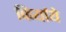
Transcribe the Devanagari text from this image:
किर्याये